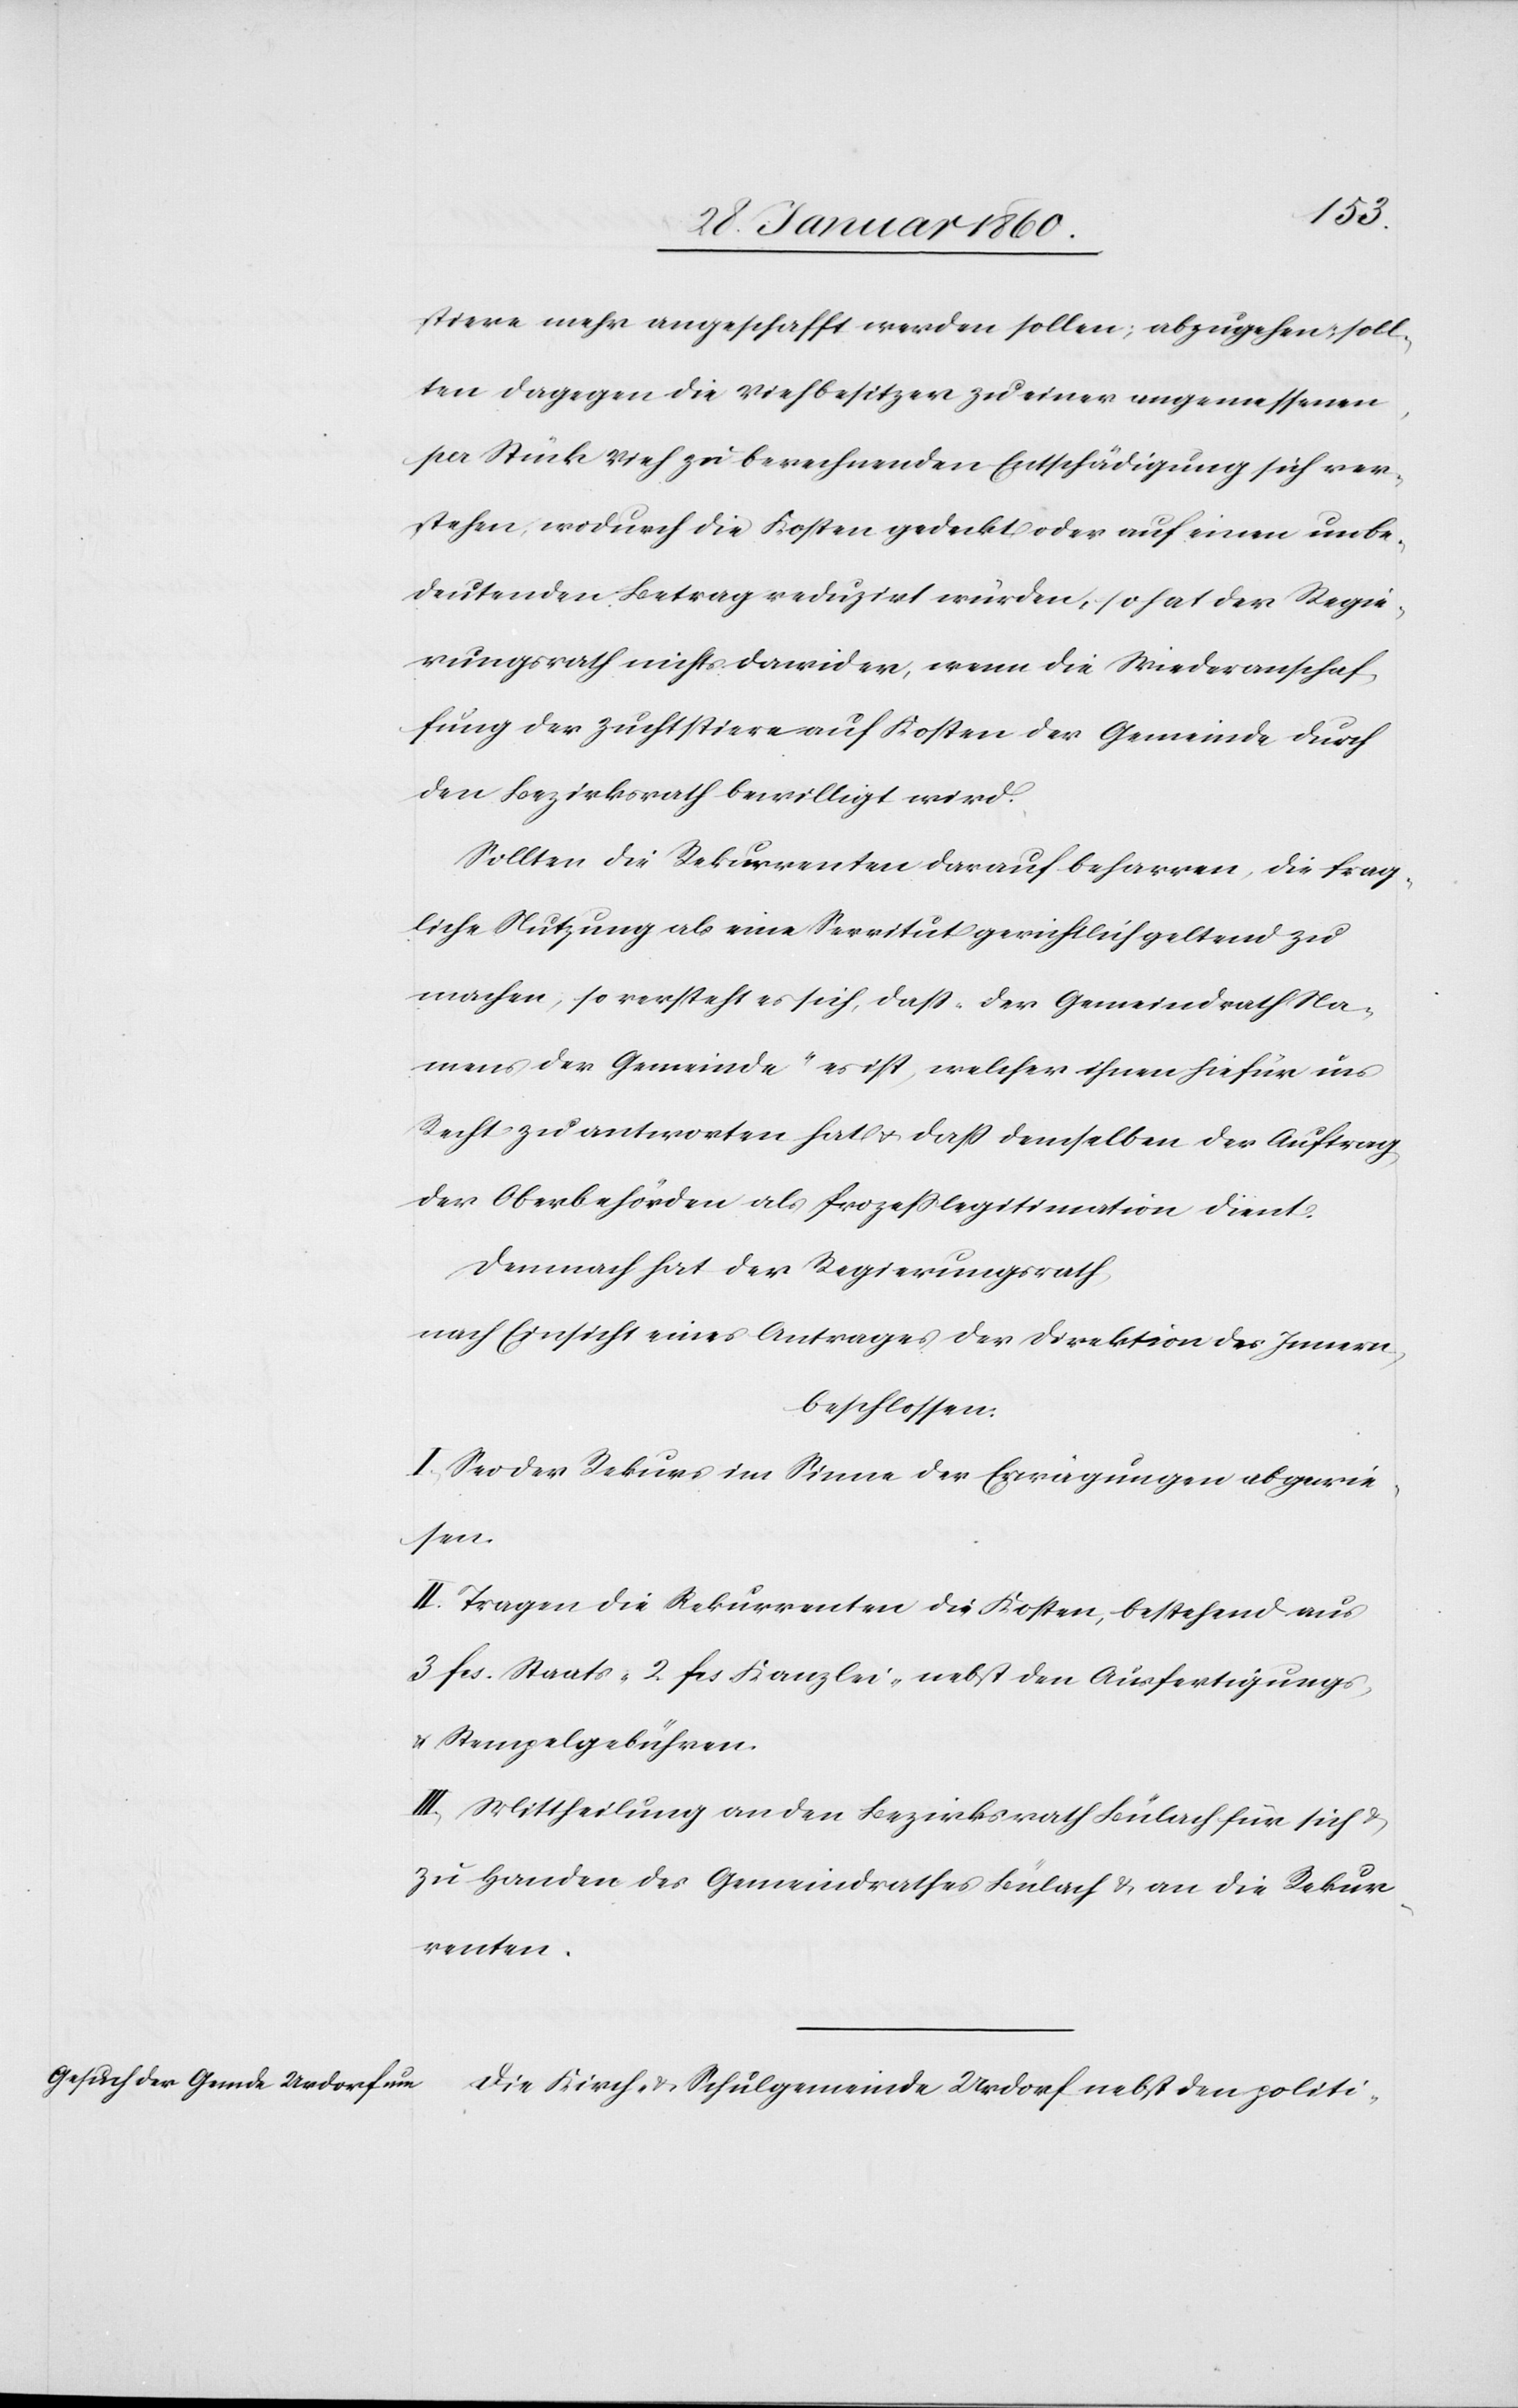
stiere mehr angeschafft werden sollen, abzugehen soll¬
ten dagegen die Viehbesitzer zu einer angemessenen
per Stück Vieh zu berechnenden Entschädigung sich ver¬
stehen, wodurch die Kosten gedeckt oder auf einen unbe¬
deutenden Betrag reduzirt würden, so hat der Regie¬
rungsrath nichts dawider, wenn die Wiederanschaf¬
fung der Zuchtstiere auf Kosten der Gemeinde durch
den Bezirksrath bewilligt wird.
Sollten die Rekurrenten darauf beharren, die frag¬
liche Nutzung als eine Servitut gerichtlich geltend zu
machen, so versteht es sich, dass „der Gemeindrath Na¬
mens der Gemeinde“ es ist, welcher ihnen hiefür in
Recht zu antworten hat u. dass demselben der Auftrag
der Oberbehörden als Prozesslegitimation dient.
Demnach hat der Regierungsrath,
nach Einsicht eines Antrages der Direktion des Innern,
beschlossen:
I. Sei der Rekurs im Sinne der Erwägungen abgewie¬
sen.
II. Tragen die Rekurrenten die Kosten, bestehend aus
3 fcs. Staats- 2. fcs. Kanzlei- nebst den Ausfertigungs-
u. Stempelgebühren.
III. Mittheilung an den Bezirksrath Bülach für sich u.
zu Handen des Gemeindrathes Bülach u. an die Rekur¬
renten.
Die Kirch- u. Schulgemeinde Urdorf nebst den polit-